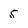
Character: 5